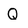
Character: Q